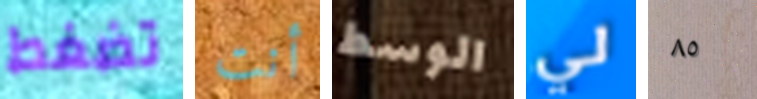
تضغط أنت الوسط لي ٨٥